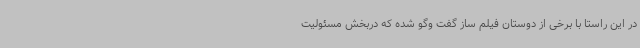
در این راستا با برخی از دوستان فیلم ساز گفت وگو شده که دربخش مسئولیت